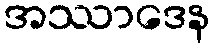
အဿာဒေန